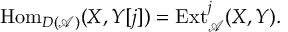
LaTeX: { \mathrm { H o m } } _ { D ( { \mathcal { A } } ) } ( X , Y [ j ] ) = { \mathrm { E x t } } _ { \mathcal { A } } ^ { j } ( X , Y ) .